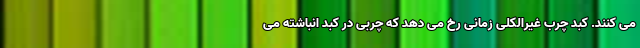
می کنند. کبد چرب غیرالکلی زمانی رخ می دهد که چربی در کبد انباشته می